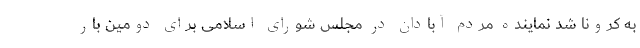
به کرونا شد نماینده مردم آبادان در مجلس شورای اسلامی برای دومین بار